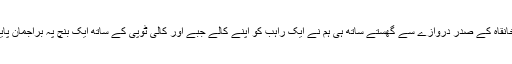
خانقاہ کے صدر دروازے سے گھستے ساتھ ہی ہم نے ایک راہب کو اپنے کالے جبے اور کالی ٹوپی کے ساتھ ایک بنچ پہ براجمان پایا۔